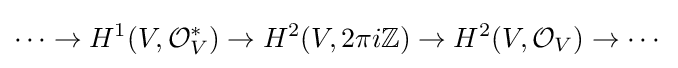
\cdots \to H^{1}(V,{\mathcal {O}}_{V}^{*})\to H^{2}(V,2\pi i\mathbb {Z} )\to H^{2}(V,{\mathcal {O}}_{V})\to \cdots